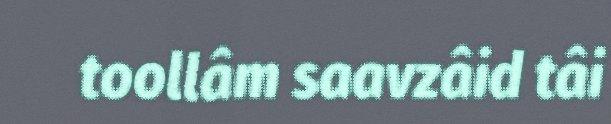
toollâm saavzâid tâi